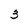
Character: 3